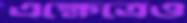
এক্ষেত্রেও